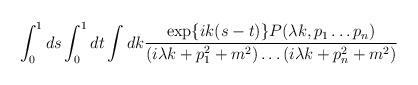
LaTeX: \begin{align*}\int_0^1 ds \int_0^1 dt \int dk \frac{\exp \{ik(s-t) \}P( \lambda k,p_1 \ldots p_n)}{(i \lambda k+p_1^2+m^2)\ldots (i \lambda k+p_n^2+m^2)} \end{align*}